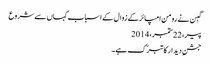
گبِن نے رومن امپائر کے زوال کے اسباب کہاں سے شروع
پیر، 22 ستمبر، 2014
جشنِ دیدار کا تبرّک ہے ۔